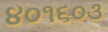
૪૦૧૬૦૩